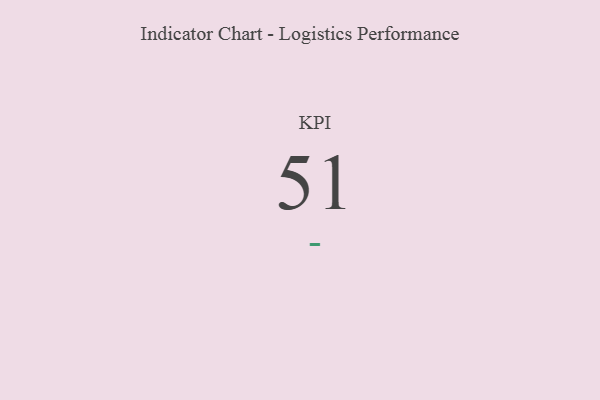
{"axis": {"x": "KPI", "y": "Value"}, "legend": [""], "data": [{"x": "KPI", "y": 51, "type": ""}]}